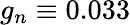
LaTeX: g_{n}\equiv 0.033